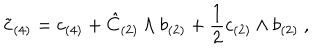
LaTeX: \tilde { c } _ { ( 4 ) } = c _ { ( 4 ) } + \hat { C } _ { ( 2 ) } \wedge b _ { ( 2 ) } + \frac { 1 } { 2 } c _ { ( 2 ) } \wedge b _ { ( 2 ) } \ ,